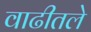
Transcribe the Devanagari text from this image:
वाढीतले